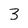
Character: 3